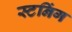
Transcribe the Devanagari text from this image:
स्टनिंग